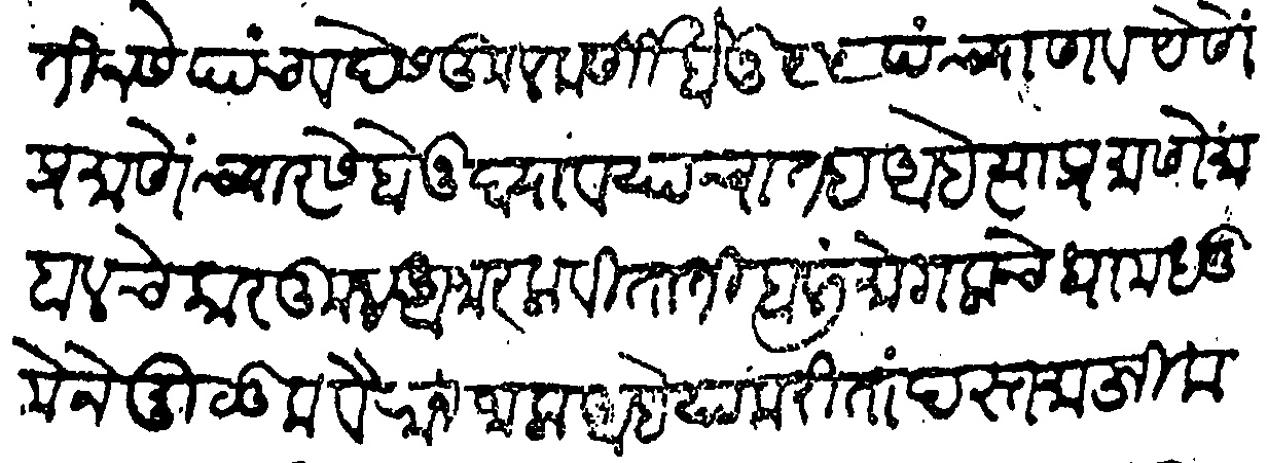
Transliteration (Devanagari): तीनसे पाच व देसकुलकर्णी होनु ९५ पंच्याण्णव येणेप्रमाणे च्यारसे होनु घयावयाचा तह आहे त्याप्रमाणे माहालचे कारकून आजार लावीताती हाली मोगलाचे धामधुमेने मुळीक वैरान जाला आहे याकरिता दस्त माफिक